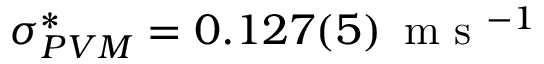
\sigma _ { P V M } ^ { * } = 0 . 1 2 7 ( 5 ) \, \mathrm { ~ m ~ s ~ } ^ { - 1 }